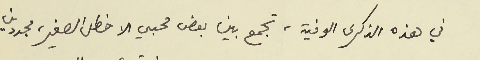
في هذه الذكرى الوفية، تجمع بين بعض محبي الاخطل الصغير، مجددين